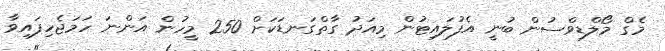
މެގް މޯލްޑިވްސުން ބުނީ އެފުލައިޓުން މިއަދު ގާތްގަނޑަކަށް 250 މީހުން އަންނަ ހަމަޖެހިފައިވާ